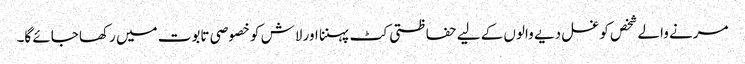
مرنے والے شخص کو غسل دیے والوں کے لیے حفاظتی کٹ پہننا اور لاش کو خصوصی تابوت میں رکھا جائے گا۔